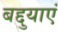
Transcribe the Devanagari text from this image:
बद्दुयाएं